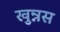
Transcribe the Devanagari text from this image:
खुन्नस